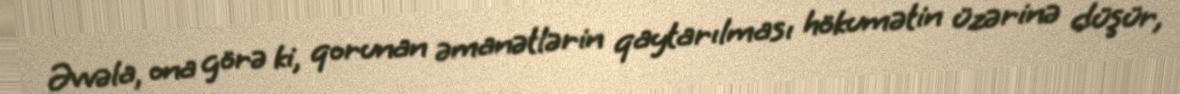
Əvvəla, ona görə ki, qorunan əmanətlərin qaytarılması hökumətin üzərinə düşür,